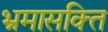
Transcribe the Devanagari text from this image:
भ्रमासक्‍ति